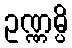
ဥဏ္ဏမ္ပိ